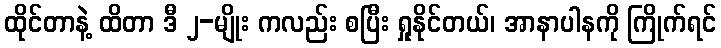
ထိုင်တာနဲ့ ထိတာ ဒီ ၂-မျိုး ကလည်း စပြီး ရှုနိုင်တယ်၊ အာနာပါနကို ကြိုက်ရင်